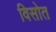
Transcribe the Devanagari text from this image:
विसोत